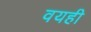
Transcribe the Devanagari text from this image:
वयही